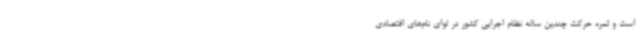
است و ثمره حرکت چندین ساله نظام اجرایی کشور در لوای نام‌های اقتصادی